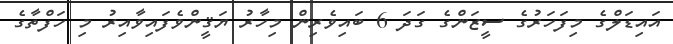
އައިޑަލްގެ މިފަހަރުގެ ސީޒަންގެ ގަދަ 6 ބައިވެރިން މިހާރު ޔަޤީންވެފައިވާއިރު މި ހަފްތާގެ